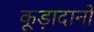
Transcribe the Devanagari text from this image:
कूड़ादानों